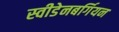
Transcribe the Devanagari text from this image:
स्वीडेनबर्गियन